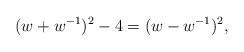
LaTeX: \begin{align*}(w+w^{-1})^2-4 = (w-w^{-1})^2,\end{align*}